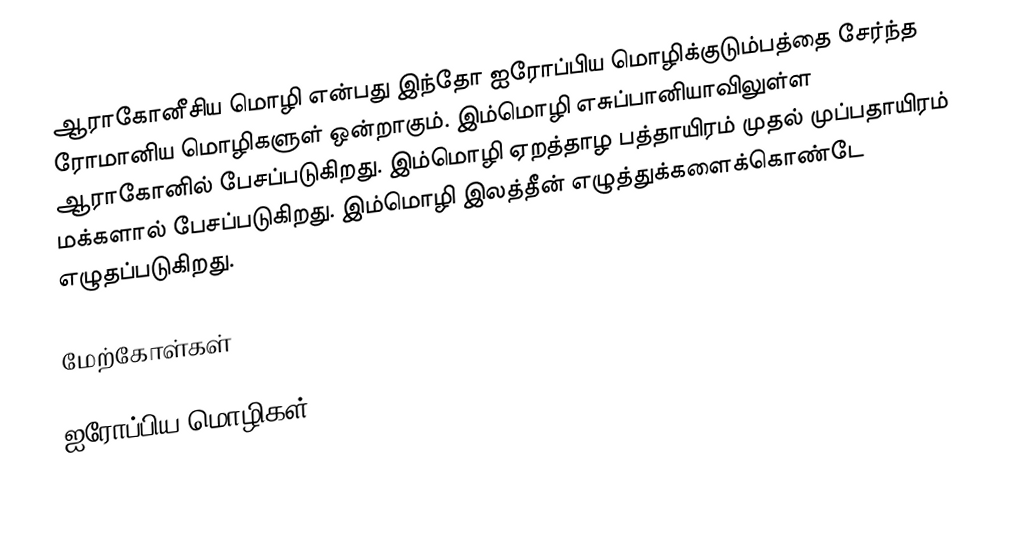
ஆராகோனீசிய மொழி என்பது இந்தோ ஐரோப்பிய மொழிக்குடும்பத்தை சேர்ந்த ரோமானிய மொழிகளுள் ஒன்றாகும். இம்மொழி எசுப்பானியாவிலுள்ள ஆராகோனில் பேசப்படுகிறது. இம்மொழி ஏறத்தாழ பத்தாயிரம் முதல் முப்பதாயிரம் மக்களால் பேசப்படுகிறது. இம்மொழி இலத்தீன் எழுத்துக்களைக்கொண்டே எழுதப்படுகிறது.

மேற்கோள்கள்

ஐரோப்பிய மொழிகள்